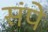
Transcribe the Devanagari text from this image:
संपे